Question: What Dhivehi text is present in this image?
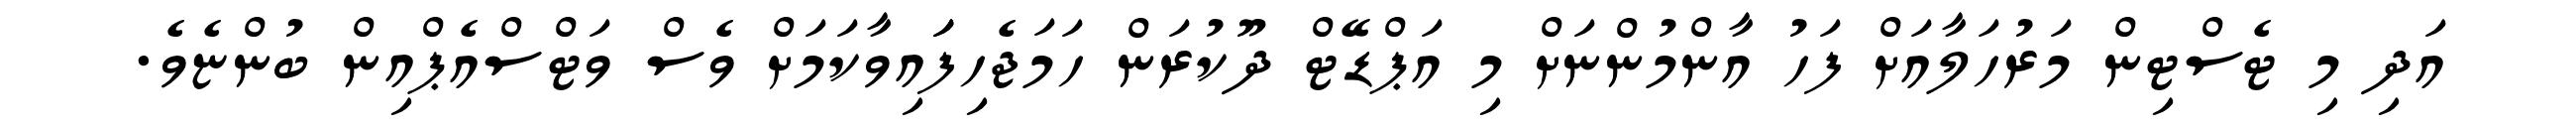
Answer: އަދި މި ޓެސްޓިން މަރުހަލާއަށް ފަހު އާންމުންނަށް މި އަޕްޑޭޓް ދޫކުރަން ހަމަޖެހިފަައިވާކަމަށް ވެސް ވަޓްސްއެޕްއިން ބުންޏެވެ.